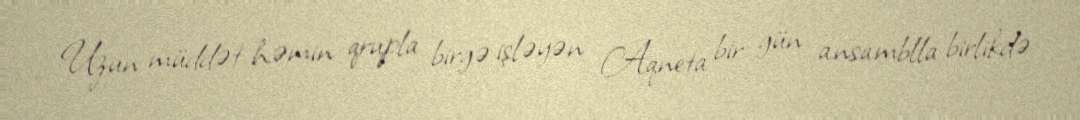
Uzun müddət həmin qrupla birgə işləyən Aqneta bir gün ansamblla birlikdə